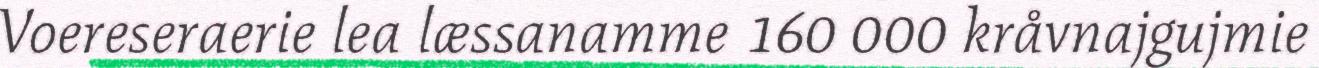
Voereseraerie lea læssanamme 160 000 kråvnajgujmie